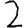
Digit: 2